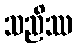
သညိဿ